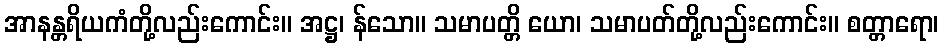
အာနန္တရိယကံတို့လည်းကောင်း။ အဋ္ဌ၊ န်သော။ သမာပတ္တိ ယော၊ သမာပတ်တို့လည်းကောင်း။ စတ္တာရော၊